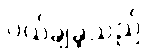
ပယ်ချခဲ့သည်